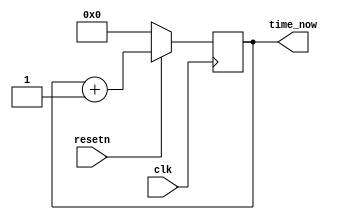
module cpu_timer(
    input  wire        clk,
    input  wire        resetn,
    output wire [63:0] time_now
);
    reg [63:0] current_time;

    always @(posedge clk ) begin
        if(~resetn)
            current_time <= 63'b0;
        else
            current_time <= current_time + 1;
    end

    assign time_now = current_time;
endmodule